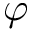
\varphi